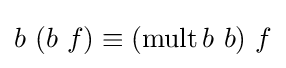
b\ (b\ f)\equiv (\operatorname {mult} b\ b)\ f